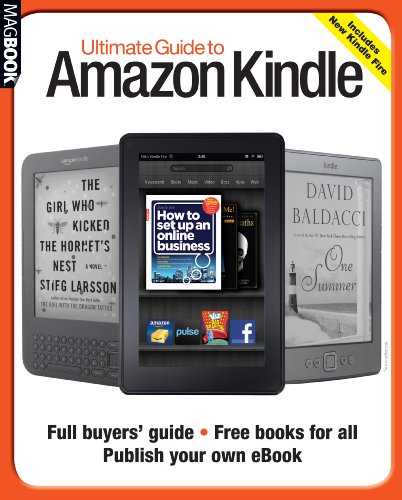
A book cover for Ultimate Guide to Amazon Kindle; Computers & Technology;